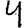
Digit: 4